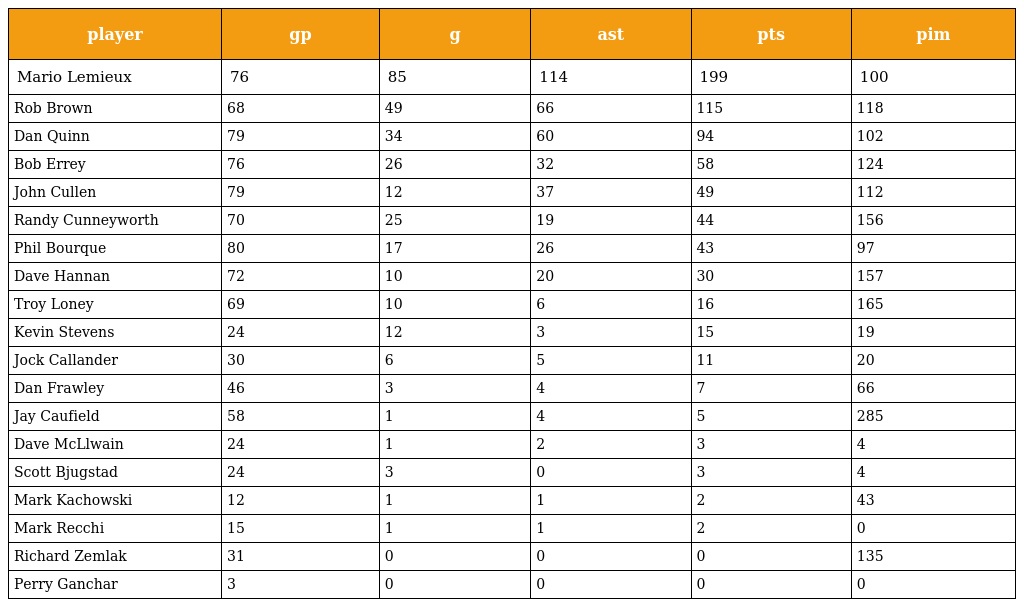
| player | gp | g | ast | pts | pim |
 | --- | --- | --- | --- | --- | --- |
 | Mario Lemieux | 76 | 85 | 114 | 199 | 100 |
 | Rob Brown | 68 | 49 | 66 | 115 | 118 |
 | Dan Quinn | 79 | 34 | 60 | 94 | 102 |
 | Bob Errey | 76 | 26 | 32 | 58 | 124 |
 | John Cullen | 79 | 12 | 37 | 49 | 112 |
 | Randy Cunneyworth | 70 | 25 | 19 | 44 | 156 |
 | Phil Bourque | 80 | 17 | 26 | 43 | 97 |
 | Dave Hannan | 72 | 10 | 20 | 30 | 157 |
 | Troy Loney | 69 | 10 | 6 | 16 | 165 |
 | Kevin Stevens | 24 | 12 | 3 | 15 | 19 |
 | Jock Callander | 30 | 6 | 5 | 11 | 20 |
 | Dan Frawley | 46 | 3 | 4 | 7 | 66 |
 | Jay Caufield | 58 | 1 | 4 | 5 | 285 |
 | Dave McLlwain | 24 | 1 | 2 | 3 | 4 |
 | Scott Bjugstad | 24 | 3 | 0 | 3 | 4 |
 | Mark Kachowski | 12 | 1 | 1 | 2 | 43 |
 | Mark Recchi | 15 | 1 | 1 | 2 | 0 |
 | Richard Zemlak | 31 | 0 | 0 | 0 | 135 |
 | Perry Ganchar | 3 | 0 | 0 | 0 | 0 |